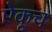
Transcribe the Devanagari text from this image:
ऐकूच